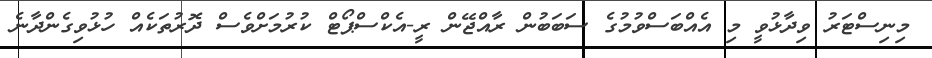
މިނިސްޓަރު ވިދާޅުވީ މި އެއްބަސްވުމުގެ ސަބަބުން ރާއްޖޭން ރީ-އެކްސްޕޯޓް ކުރުމަށްވެސް ދޮރުތަކެއް ހުޅުވިގެންދާނެ